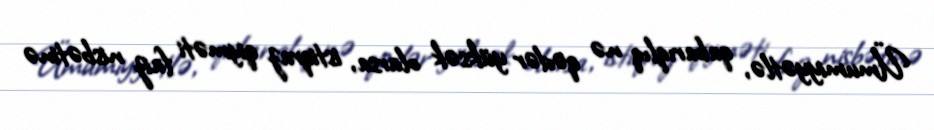
Ümumiyyətlə, qabarıqlıq nə qədər yüksək olarsa, istiqraz qiyməti faiz nisbətinə